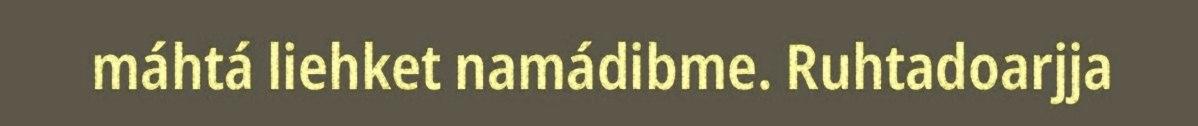
máhtá liehket namádibme. Ruhtadoarjja